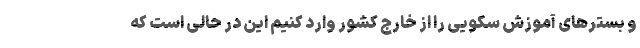
و بسترهای آموزش سکویی را از خارج کشور وارد کنیم این در حالی است که